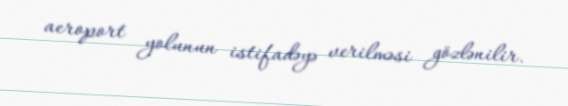
aeroport yolunun istifadəyə verilməsi gözlənilir.